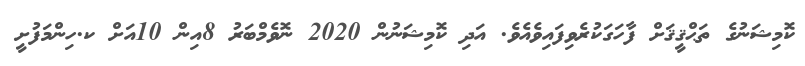
ކޮމިޝަނުގެ ތަޙްޤީޤަށް ފާހަގަކުރެވިފައިވެއެވެ. އަދި ކޮމިޝަނުން 2020 ނޮވެމްބަރު 8އިން 10އަށް ކ.ހިންމަފުށީ